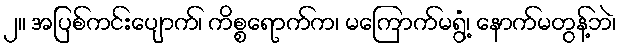
၂။ အပြစ်ကင်းပျောက်၊ ကိစ္စရောက်က၊ မကြောက်မရွံ့၊ နောက်မတွန့်ဘဲ၊